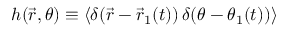
h ( \vec { r } , \theta ) \equiv \langle \delta ( \vec { r } - \vec { r } _ { 1 } ( t ) ) \, \delta ( \theta - \theta _ { 1 } ( t ) ) \rangle